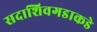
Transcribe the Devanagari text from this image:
सदाशिवगडाकडे